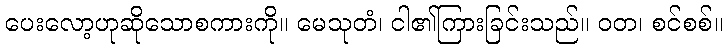
ပေးလော့ဟုဆိုသောစကားကို။ မေသုတံ၊ ငါ၏ကြားခြင်းသည်။ ဝတ၊ စင်စစ်။